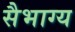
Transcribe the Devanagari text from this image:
सैभाग्य